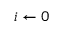
i \gets 0